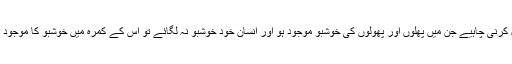
خوشبو وہ استعمال کرنی چاہیے جن میں پھلوں اور پھولوں کی خوشبو موجود ہو اور انسان خود خوشبو نہ لگائے تو اس کے کمرہ میں خوشبو کا موجود ہونا ضروری ہے۔